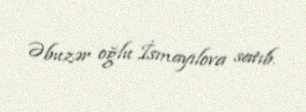
Əbuzər oğlu İsmayılova satıb.